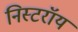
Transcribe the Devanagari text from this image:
निस्टरॉय